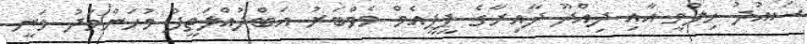
ސައުދު ހިލްމީ އާއި ދިއްދޫ ދާއިރާގެ ޕީޕީއެމް މެމްބަރު އަބްދުއްލަތީފު މުހަންމަދު ވަނީ